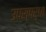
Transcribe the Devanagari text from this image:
उपस्पर्धा